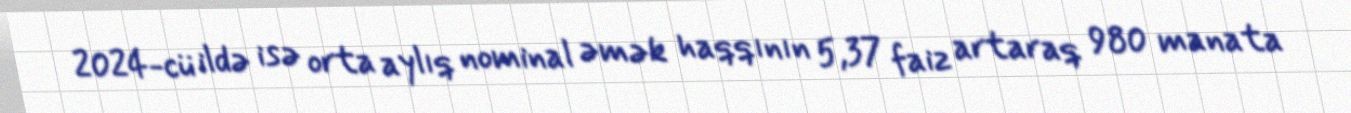
2024-cü ildə isə orta aylıq nominal əmək haqqının 5,37 faiz artaraq 980 manata